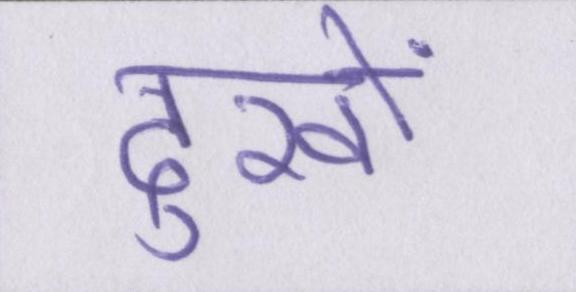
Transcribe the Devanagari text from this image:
दुखों